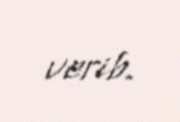
verib.